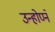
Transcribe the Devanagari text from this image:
उन्होण्ने